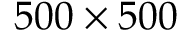
5 0 0 \times 5 0 0